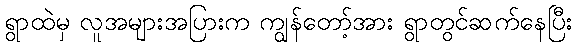
ရွာထဲမှ လူအများအပြားက ကျွန်တော့်အား ရွာတွင်ဆက်နေပြီး